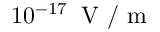
1 0 ^ { - 1 7 } \: \mathrm { ~ V ~ } / \mathrm { ~ m ~ }